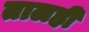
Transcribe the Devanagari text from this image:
तालही